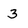
Character: 3